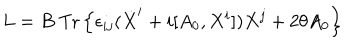
L = B \; \mathrm { { T r } } \left\{ \epsilon _ { i j } ( \dot { X } ^ { i } + i [ A _ { 0 } , X ^ { i } ] ) X ^ { j } + 2 \theta A _ { 0 } \right\}